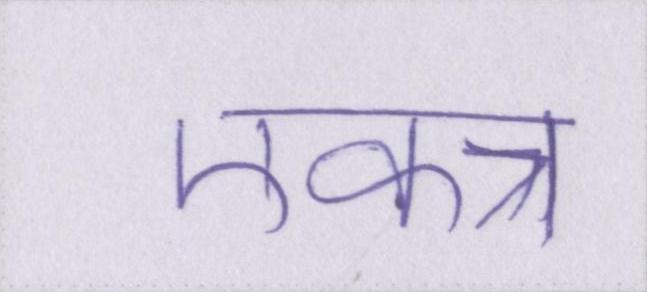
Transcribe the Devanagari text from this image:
एकत्र